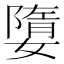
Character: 𡡙